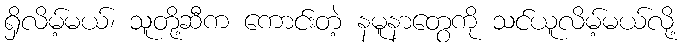
ရှိလိမ့်မယ်၊ သူတို့ဆီက ကောင်းတဲ့ နမူနာတွေကို သင်ယူလိမ့်မယ်လို့